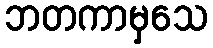
ဘတကာမှသေ